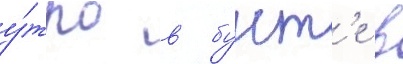
у́тро в бунт'е в